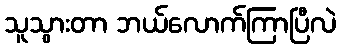
သူသွားတာ ဘယ်လောက်ကြာပြီလဲ